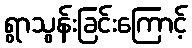
ရွာသွန်းခြင်းကြောင့်